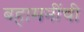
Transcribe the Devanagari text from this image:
बहामनींची